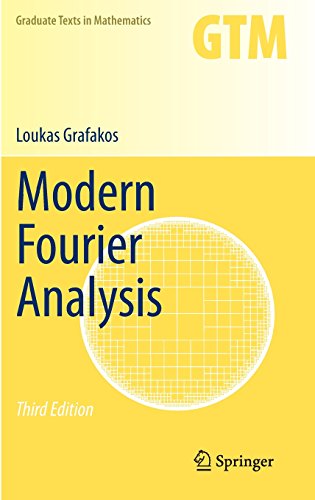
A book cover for Modern Fourier Analysis (Graduate Texts in Mathematics); Loukas Grafakos; Science & Math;